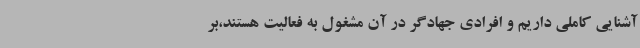
آشنایی کاملی داریم و افرادی جهادگر در آن مشغول به فعالیت هستند،بر